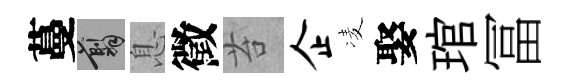
蔓翦息徵苔企凌娶琯冨